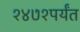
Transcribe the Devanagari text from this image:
१४७१पर्यंत